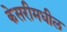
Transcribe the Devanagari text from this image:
केसरीमधील